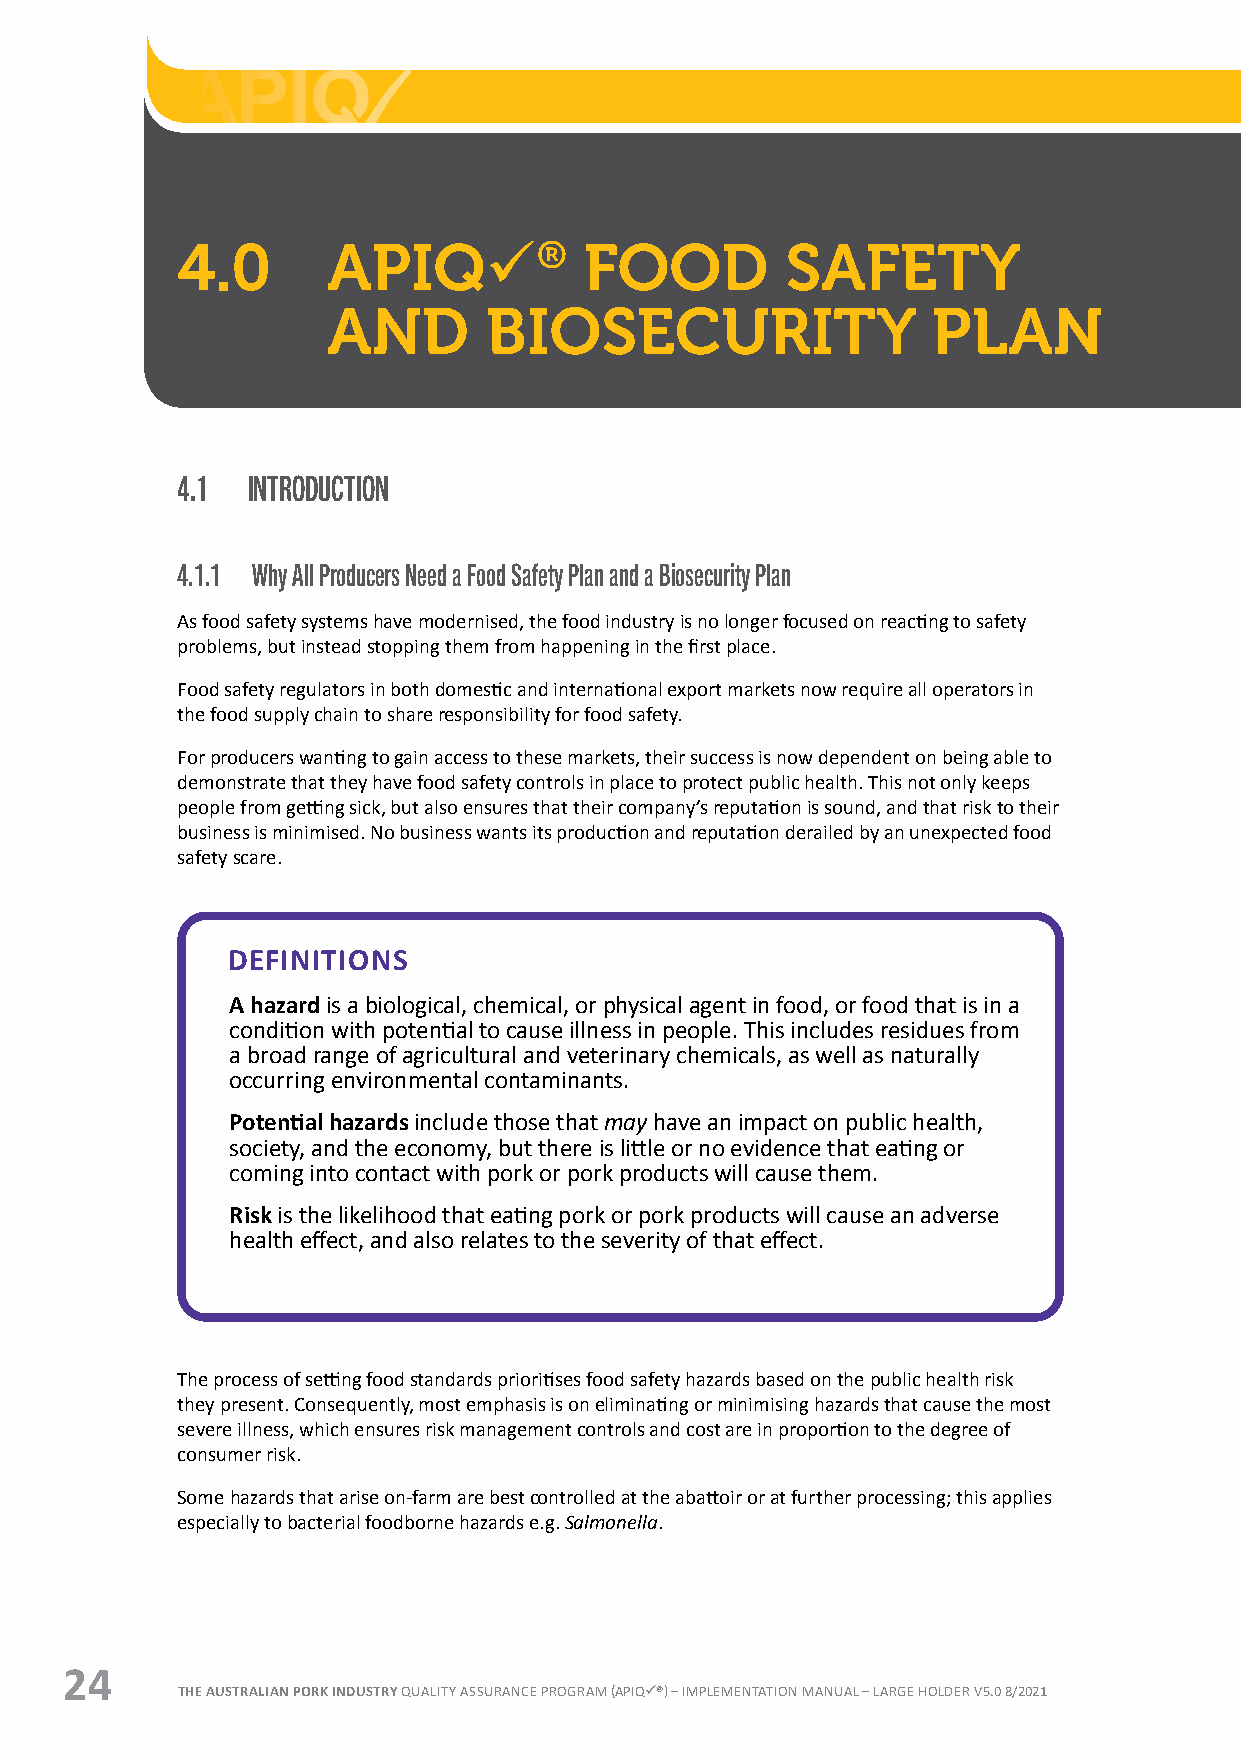
4.0       APIQü®           FOOD         SAFETY
 AND       BIOSECURITY                   PLAN
 4.1 INTRODUCTION
 4.1.1 Why All Producers Need a Food Safety Plan and a Biosecurity Plan
 As food safety systems have modernised, the food industry is no longer focused on reacting to safety
 problems, but instead stopping them from happening in the first place.
 Food safety regulators in both domestic and international export markets now require all operators in
 the food supply chain to share responsibility for food safety.
 For producers wanting to gain access to these markets, their success is now dependent on being able to
 demonstrate that they have food safety controls in place to protect public health. This not only keeps
 people from getting sick, but also ensures that their company’s reputation is sound, and that risk to their
 business is minimised. No business wants its production and reputation derailed by an unexpected food
 safety scare.
 DEFINITIONS
 A hazard is a biological, chemical, or physical agent in food, or food that is in a
 condition with potential to cause illness in people. This includes residues from
 a broad range of agricultural and veterinary chemicals, as well as naturally
 occurring environmental contaminants.
 Potential hazards include those that may have an impact on public health,
 society, and the economy, but there is little or no evidence that eating or
 coming into contact with pork or pork products will cause them.
 Risk is the likelihood that eating pork or pork products will cause an adverse
 health effect, and also relates to the severity of that effect.
 The process of setting food standards prioritises food safety hazards based on the public health risk
 they present. Consequently, most emphasis is on eliminating or minimising hazards that cause the most
 severe illness, which ensures risk management controls and cost are in proportion to the degree of
 consumer risk.
 Some hazards that arise on-farm are best controlled at the abattoir or at further processing; this applies
 especially to bacterial foodborne hazards e.g. Salmonella.
 24
 THE AUSTRALIAN PORK INDUSTRY QUALITY ASSURANCE PROGRAM (APIQü®) – IMPLEMENTATION MANUAL – LARGE HOLDER V5.0 8/2021